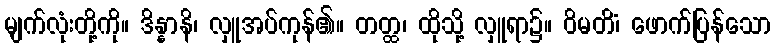
မျက်လုံးတို့ကို။ ဒိန္နာနိ၊ လှူအပ်ကုန်၏။ တတ္ထ၊ ထိုသို့ လှူရာ၌။ ဝိမတိံ၊ ဖောက်ပြန်သော